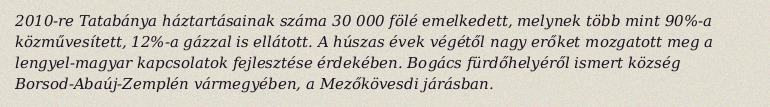
2010-re Tatabánya háztartásainak száma 30 000 fölé emelkedett, melynek több mint 90%-a közművesített, 12%-a gázzal is ellátott. A húszas évek végétől nagy erőket mozgatott meg a lengyel-magyar kapcsolatok fejlesztése érdekében. Bogács fürdőhelyéről ismert község Borsod-Abaúj-Zemplén vármegyében, a Mezőkövesdi járásban.